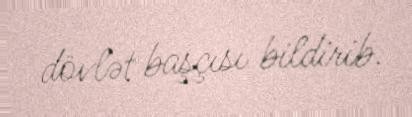
dövlət başçısı bildirib.